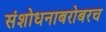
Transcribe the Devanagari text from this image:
संशोधनाबरोबरच